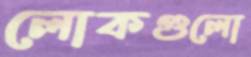
লোকগুলো